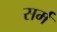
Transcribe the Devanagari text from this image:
सर्म